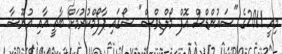
މިއީ 2011ގެ "ސައުންޑްސް އޮފް މޯލްޑިވްސް" ޝޯގައި ޕާފޯމްކުރުމަށް ބާޗީ އާއި އުނޫޝާ